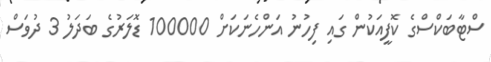
ސްޓާބަކްސްގެ ކޮފީއަކުން ގައި ފިހުނު އަންހެނަކަށް 100000 ޑޮލަރުގެ ބަދަލު 3 ދުވަސް